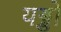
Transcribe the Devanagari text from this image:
यड्डो